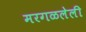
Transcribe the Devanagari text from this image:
मरगळलेली